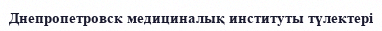
Днепропетровск медициналық институты түлектері